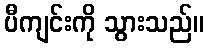
ပီကျင်းကို သွားသည်။